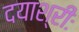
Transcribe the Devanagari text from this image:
दयाश्रीः